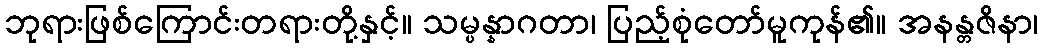
ဘုရားဖြစ်ကြောင်းတရားတို့နှင့်။ သမ္ပန္နာဂတာ၊ ပြည့်စုံတော်မူကုန်၏။ အနန္တဇိနာ၊